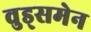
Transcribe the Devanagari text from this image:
वुड्समेन